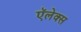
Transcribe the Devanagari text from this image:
ऍलेक्स